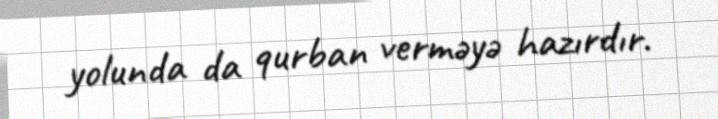
yolunda da qurban verməyə hazırdır.